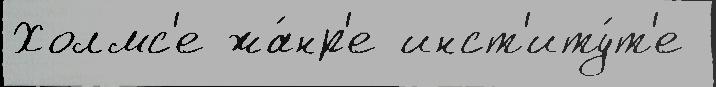
Холмс'е жа́нр'е инст'иту́т'е